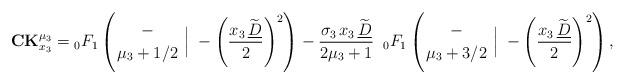
LaTeX: \begin{align*} \mathbf{CK}_{x_3}^{\mu_3}={}_0F_{1}\left(\genfrac{}{}{0pt}{}{-}{\mu_3+1/2}\;\Big\rvert\;-\left(\frac{x_3\,\widetilde{\underline{D}}}{2}\right)^2\right) -\frac{\sigma_3\,x_3\,\widetilde{\underline{D}}}{2\mu_3+1}\;\;{}_0F_{1}\left(\genfrac{}{}{0pt}{}{-}{\mu_3+3/2}\;\Big\rvert\;-\left(\frac{x_3\,\widetilde{\underline{D}}}{2}\right)^2\right), \end{align*}